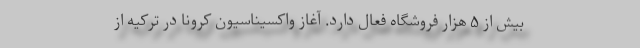
بیش از ۵ هزار فروشگاه فعال دارد. آغاز واکسیناسیون کرونا در ترکیه از